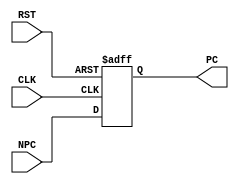
module PC(NPC,PC,CLK,RST);
	input [31:2] NPC;                 //next PC
	input        CLK;                 //
	input        RST;                 //
	output [31:2] PC;                 //new PC

	reg [31:2] PC;                   //now PC

	always @(posedge CLK or posedge RST)     //
	begin
		if(RST)                       //
			PC <= 30'h0c00;           //PC030
		else
			PC <= NPC;                //PCNPC
	end
endmodule